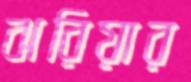
ঝরিয়ার